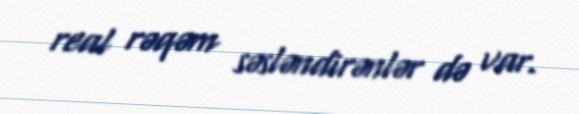
real rəqəm səsləndirənlər də var.